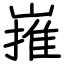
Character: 嶊